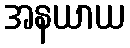
အနယာယ